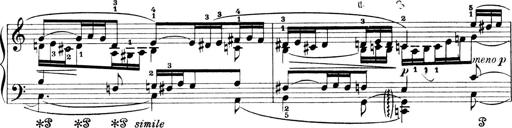
Title: 4 Sonatines
Composer: Max Reger